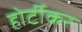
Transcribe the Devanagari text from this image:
होर्टीकर